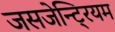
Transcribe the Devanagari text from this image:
जसजेन्टि्रयम